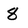
Character: 8